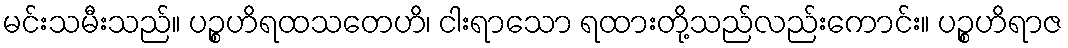
မင်းသမီးသည်။ ပဉ္စဟိရထသတေဟိ၊ ငါးရာသော ရထားတို့သည်လည်းကောင်း။ ပဉ္စဟိရာဇ